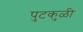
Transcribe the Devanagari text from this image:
पुटकुळी